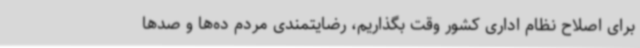
برای اصلاح نظام اداری کشور وقت بگذاریم، رضایتمندی مردم ده‌ها و صدها